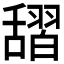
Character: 𦧱